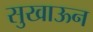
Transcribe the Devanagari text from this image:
सुखाऊन